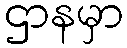
ဌာနမှာ